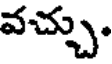
వచ్చు.